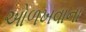
ઓળખવાના